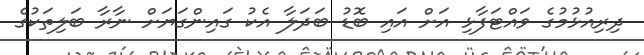
ދިރިއުޅުމުގެ ވައްޓަފާޅި އަށް އައި ބޮޑު ބަދަލާ އެކު ގައިންގަޔަށް ނާރާ ބަލިތަކުގެ